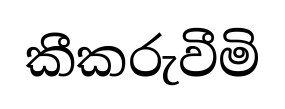
කීකරුවීමි